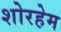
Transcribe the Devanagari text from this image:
शोरहेम